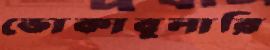
ভোকাবুলারি